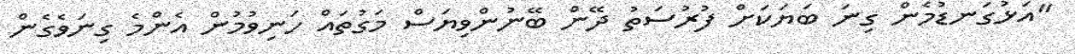
"އަޅުގަނޑުމެން ގިނަ ބަޔަކަށް ފުރުސަތު ދޭން ބޭނުންވިޔަސް މަގުތައް ހަނިވުމުން އެންމެ ގިނަވެގެން